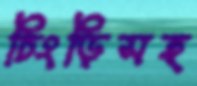
চিংড়িসহ